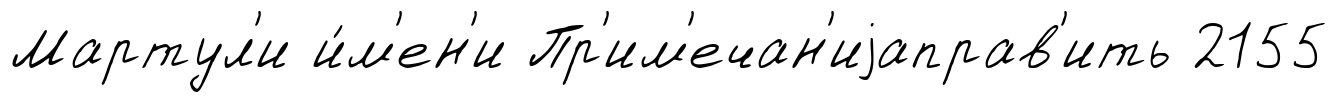
Мартул'и и́м'ен'и Пр'им'ечан'иjаправ'ить 2155